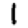
Digit: 1